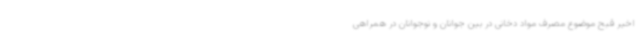
اخیر قبح موضوع مصرف مواد دخانی در بین جوانان و نوجوانان در همراهی